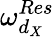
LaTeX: \omega_{d_{X}}^{Res}